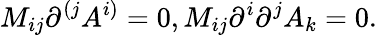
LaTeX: M_{ij}\partial^{(j}A^{i)}=0,M_{ij}\partial^{i}\partial^{j}A_{k}=0.